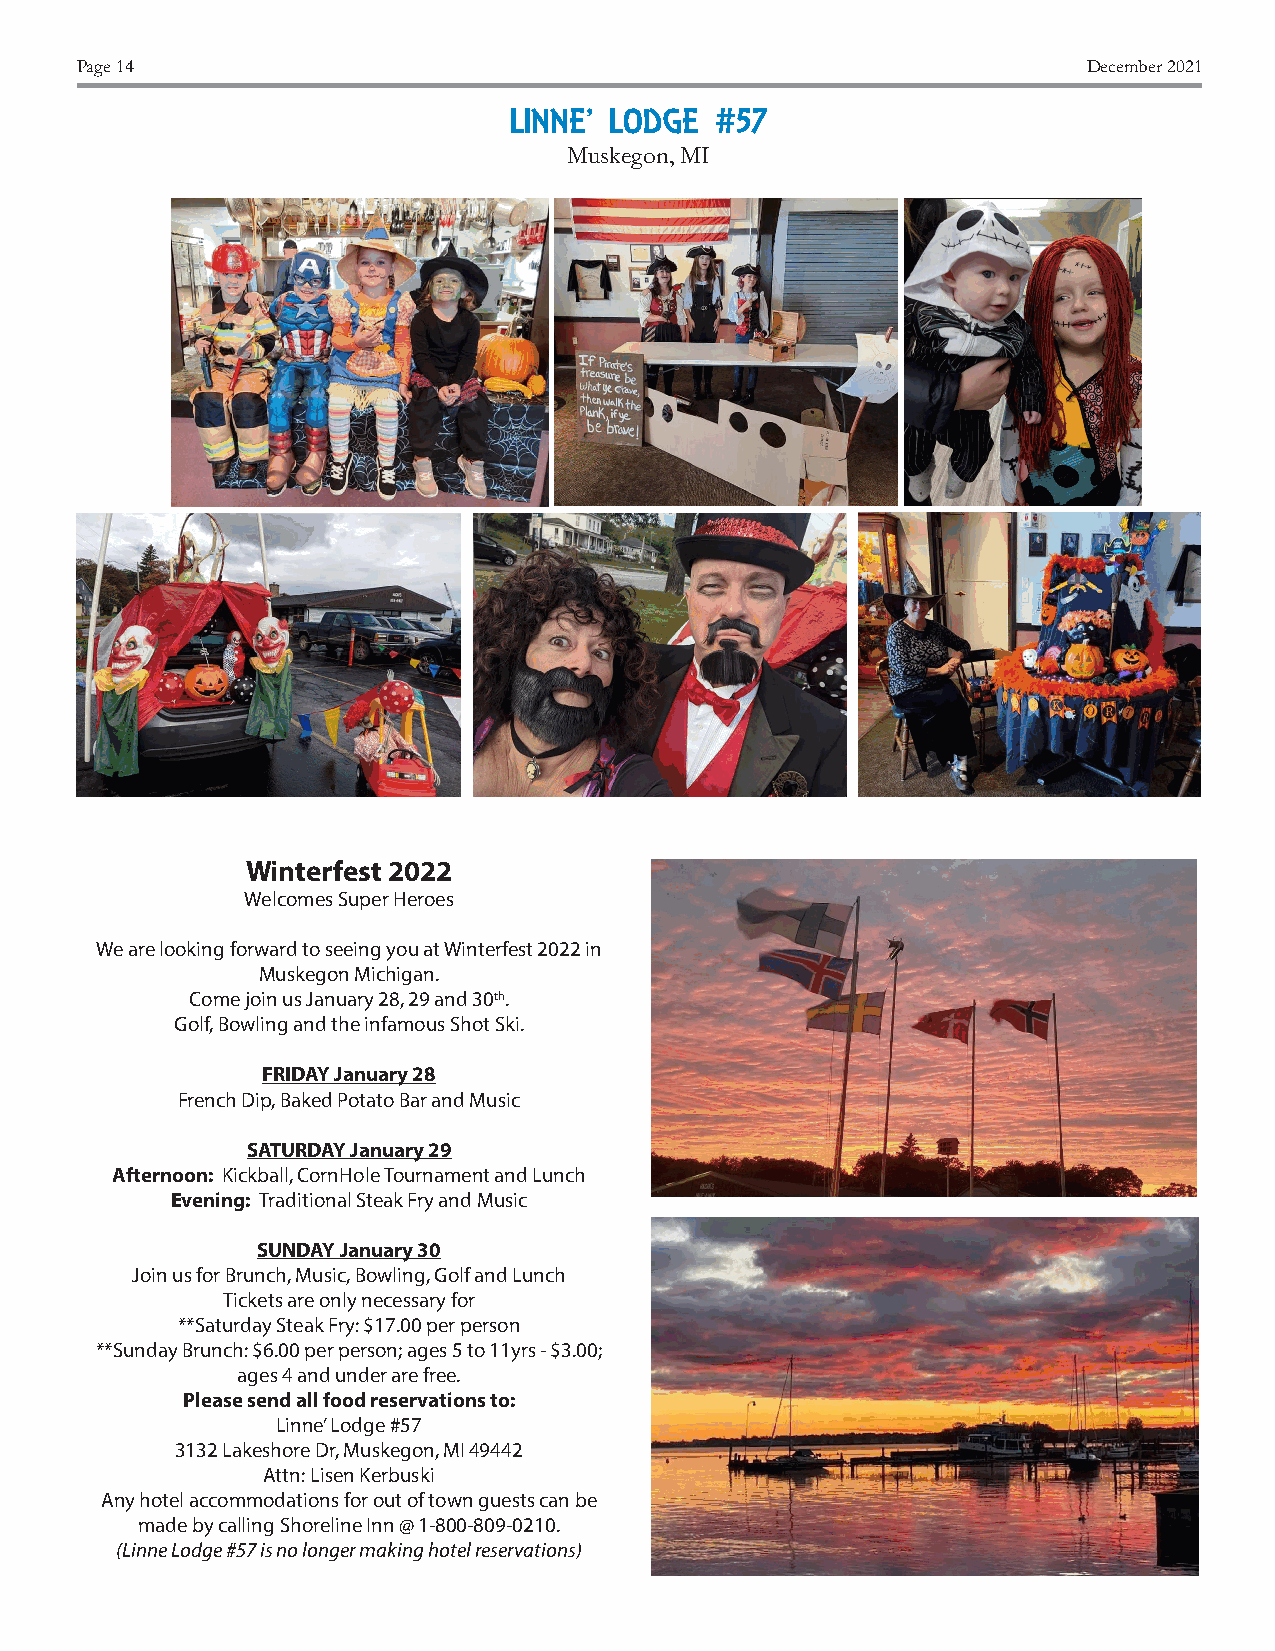
Page 14                                                            December 2021
 LINNE’ LODGE #57
 Muskegon, MI
 Winterfest 2022
 Welcomes Super Heroes
 We are looking forward to seeing you at Winterfest 2022 in
 Muskegon Michigan.
 Come join us January 28, 29 and 30th.
 Golf, Bowling and the infamous Shot Ski.
 FRIDAY January 28
 French Dip, Baked Potato Bar and Music
 SATURDAY January 29
 Afternoon: Kickball, CornHole Tournament and Lunch
 Evening: Traditional Steak Fry and Music
 SUNDAY January 30
 Join us for Brunch, Music, Bowling, Golf and Lunch
 Tickets are only necessary for
 **Saturday Steak Fry: $17.00 per person
 **Sunday Brunch: $6.00 per person; ages 5 to 11yrs - $3.00;
 ages 4 and under are free.
 Please send all food reservations to:
 Linne’ Lodge #57
 3132 Lakeshore Dr, Muskegon, MI 49442
 Attn: Lisen Kerbuski
 Any hotel accommodations for out of town guests can be
 made by calling Shoreline Inn @ 1-800-809-0210.
 (Linne Lodge #57 is no longer making hotel reservations)